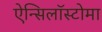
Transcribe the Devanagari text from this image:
ऐन्सिलॉस्टोमा